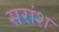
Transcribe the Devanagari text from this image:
सरांश